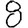
Digit: 8